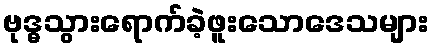
ဗုဒ္ဓသွားရောက်ခဲ့ဖူးသောဒေသများ